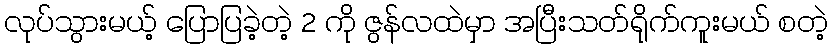
လုပ်သွားမယ့် ပြောပြခဲ့တဲ့ 2 ကို ဇွန်လထဲမှာ အပြီးသတ်ရိုက်ကူးမယ် စတဲ့